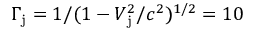
\Gamma _ { \mathrm { j } } = 1 / ( 1 - V _ { \mathrm { j } } ^ { 2 } / c ^ { 2 } ) ^ { 1 / 2 } = 1 0